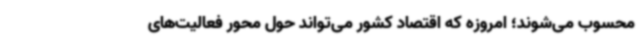
محسوب می‌شوند؛ امروزه که اقتصاد کشور می‌تواند حول محور فعالیت‌های